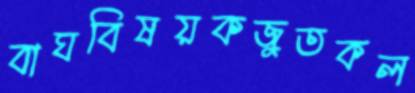
বাঘবিষয়কজুতকল